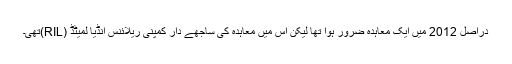
دراصل 2012 میں ایک معاہدہ ضرور ہوا تھا لیکن اس میں معاہدہ کی ساجھے دار کمپنی ریلائنس انڈیا لمیٹڈ (RIL)تھی۔